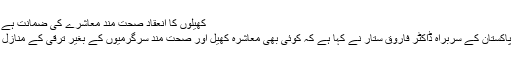
کھیلوں کا انعقاد صحت مند معاشرے کی ضمانت ہے، ڈاکٹر فاروق ستار
کراچی : ایم کیو ایم پاکستان کے سربراہ ڈاکٹر فاروق ستار نے کہا ہے کہ کوئی بھی معاشرہ کھیل اور صحت مند سرگرمیوں کے بغیر ترقی کے منازل طے نہیں کر سکتا۔